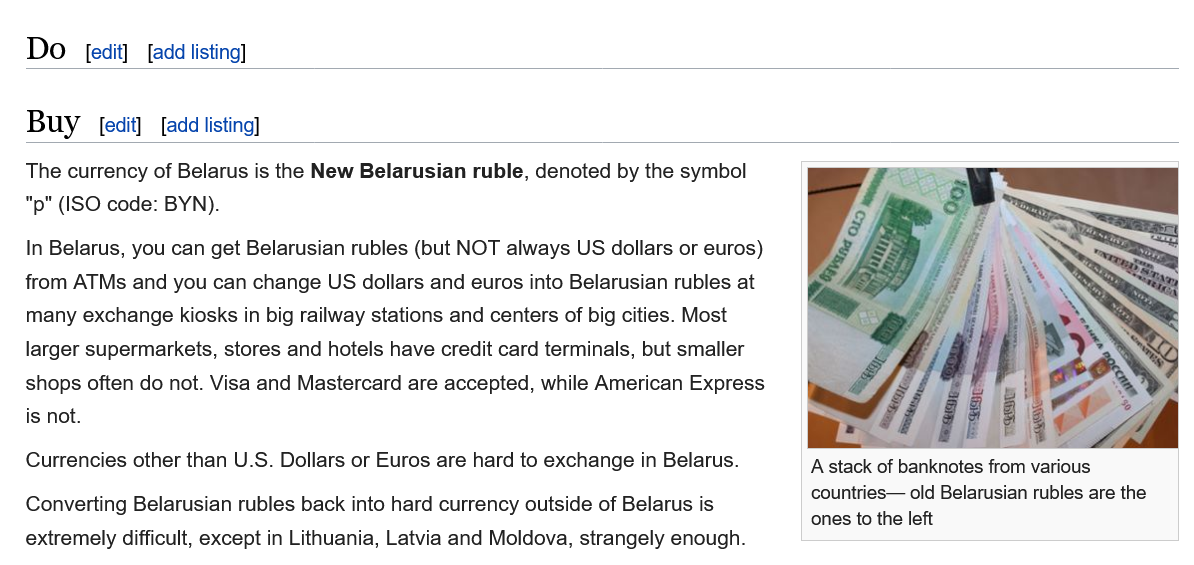
Do
   Buy
   The currency of Belarus is the New Belarusian ruble, denoted by the symbol
   "p" (ISO code: BYN).
   In Belarus, you can get Belarusian rubles (but NOT always Us aoliars or euros)
   from ATMs and you can change  US dollars and euros into Belarusian rubles at
   many  exchange kiosks in big railway stations and centers of big cities. Most
   larger supermarkets, stores and hotels have credit card terminals, but smaller
   shops often do not. Visa and Mastercard are accepted, while American Express
   is not.
   Currencies other than U.S. Dollars or Euros are hard to exchange in Belarus.
   Converting Belarusian rubles back into hard currency outside of Belarus is
   extremely difficult, except in Lithuania, Latvia and Moldova, strangely enough.
     A stack of banknotes from various
     countries— old Belarusian rubles are th
     ones to the left
     [edit] [add listing]
     [edit] [add listing]